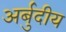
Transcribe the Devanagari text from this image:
अर्बुदीय